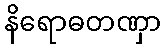
နိရောဓတဏှာ